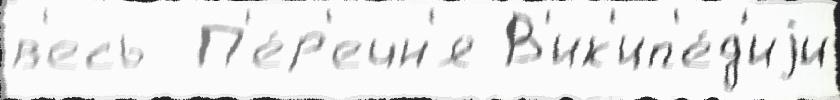
в'есь  П'е́р'ечн'я В'ик'ип'е́д'иjи